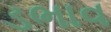
ડભાવ